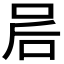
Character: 𫩲